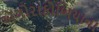
ઍગોરાફોબિયાના